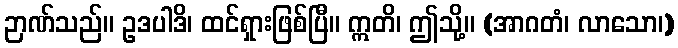
ဉာဏ်သည်။ ဥဒပါဒိ၊ ထင်ရှားဖြစ်ပြီ။ ဣတိ၊ ဤသို့။ (အာဂတံ၊ လာသော၊)